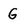
Character: G